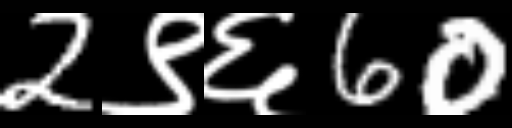
Text: 2९६60